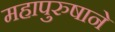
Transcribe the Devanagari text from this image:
महापुरुषाने